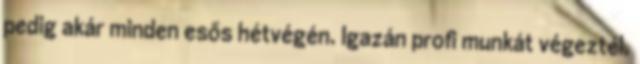
pedig akár minden esős hétvégén. Igazán profi munkát végeztél,